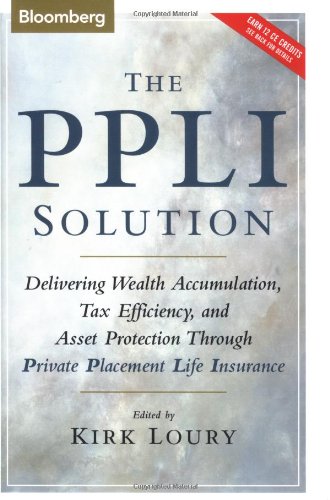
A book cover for The PPLI Solution: Delivering Wealth Accumulation, Tax Efficiency, And Asset Protection Through Private Placement Life Insurance; Business & Money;